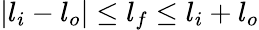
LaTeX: |l_{i}-l_{o}|\le l_{f}\le l_{i}+l_{o}